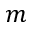
m